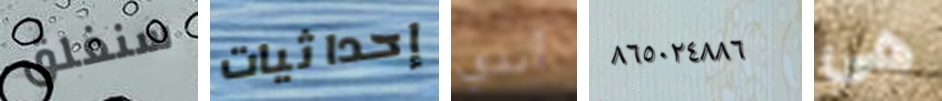
سنغلق إحداثيات أندي ٨٦٥٠٢٤٨٨٦ هي